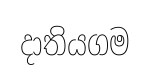
දාතියගම